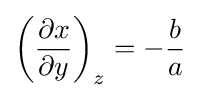
\left({\frac {\partial x}{\partial y}}\right)_{z}=-{\frac {b}{a}}